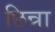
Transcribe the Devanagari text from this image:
छिन्ना